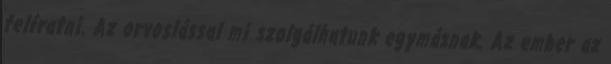
felíratni. Az orvoslással mi szolgálhatunk egymásnak. Az ember az